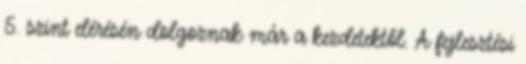
5. szint elérésén dolgoznak már a kezdetektől. A fejlesztési